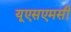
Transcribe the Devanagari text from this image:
यूएसएमसी